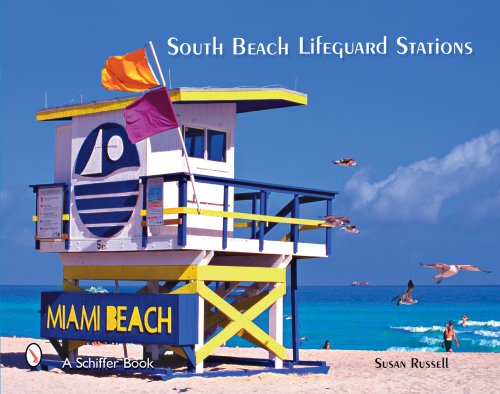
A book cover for South Beach Lifeguard Stations: The Fabulous Life and Lifeguard Stands on Miami Beach's Atlantic Seashore (Schiffer Books); Susan Russell; Travel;